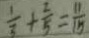
\frac { 1 } { 3 } + \frac { 2 } { 5 } = \frac { 1 1 } { 1 5 }